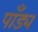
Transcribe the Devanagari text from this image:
पाँड्य